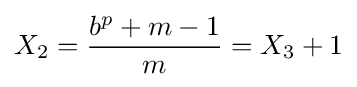
X_{2}={\frac {b^{p}+m-1}{m}}=X_{3}+1